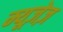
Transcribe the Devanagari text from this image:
म्यूज़ेज़